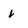
Character: V